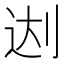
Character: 𰄬